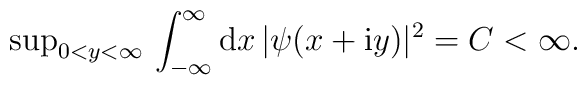
{\rm sup}_{ 0<y<\infty}\, \int_{-\infty}^{\infty} {\rm d} x \,|\psi(x+{\rm i} y)|^2=C<\infty.